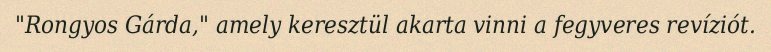
"Rongyos Gárda," amely keresztül akarta vinni a fegyveres revíziót.